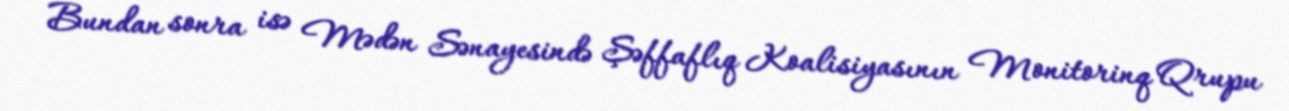
Bundan sonra isə Mədən Sənayesində Şəffaflıq Koalisiyasının Monitorinq Qrupu